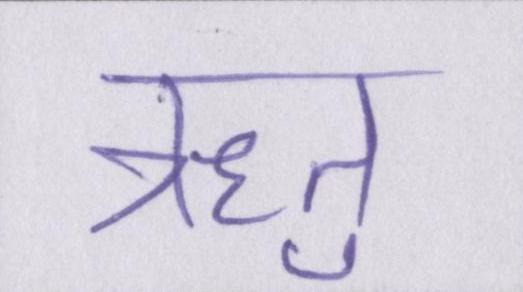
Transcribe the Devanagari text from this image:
ऋतु